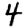
Digit: 4